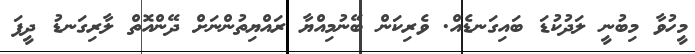
މީހުވާ މިބުނީ ލަދުކުޑަ ބައިގަނޑެއް. ވެރިކަން ބޭނުމިއްޔާ ރައްޔިތުންނަށް ދޭންއޮތް ލާރިގަނޑު ދީފަ